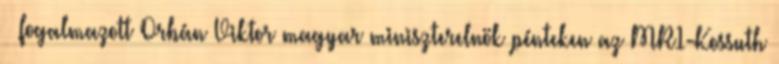
– fogalmazott Orbán Viktor magyar miniszterelnök pénteken az MR1-Kossuth